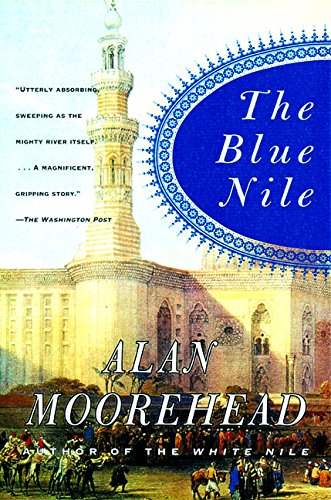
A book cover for The Blue Nile; Alan Moorehead; Science & Math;